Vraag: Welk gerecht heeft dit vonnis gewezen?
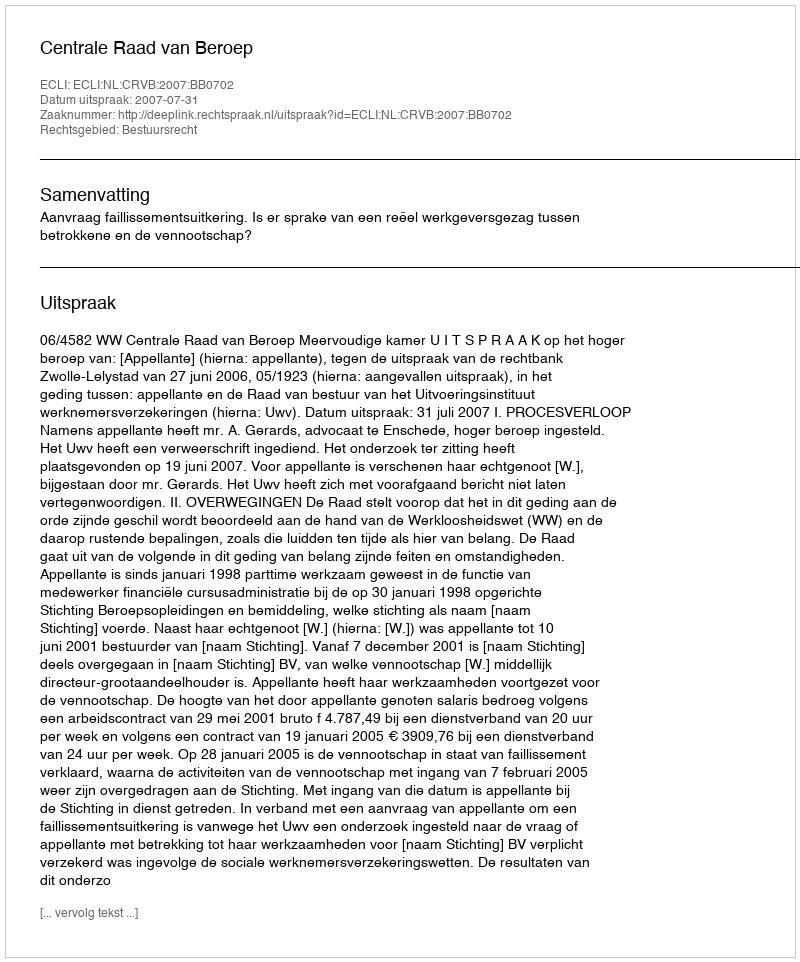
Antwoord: Centrale Raad van Beroep